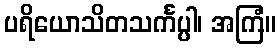
ပရိယောသိတသင်္ကပ္ပါ၊ အကြံ။